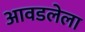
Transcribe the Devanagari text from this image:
आवडलेला